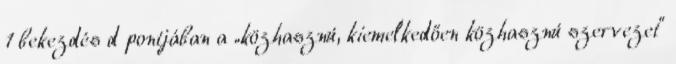
1 bekezdés d pontjában a „közhasznú, kiemelkedően közhasznú szervezet”